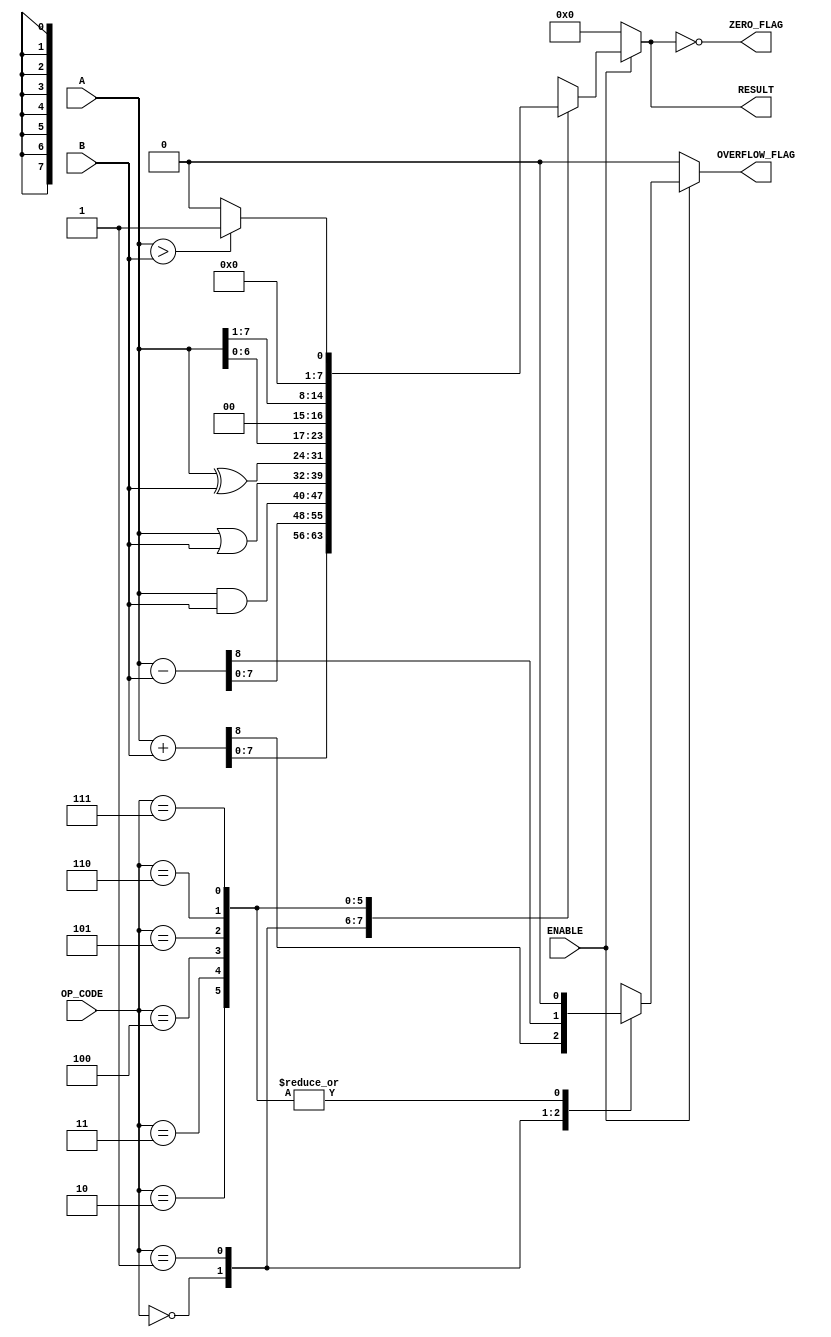
module ParameterizedALU #(
    parameter DATA_WIDTH = 8,           // Width of the data
    parameter OPERATION_COUNT = 3        // Number of operations (needs enough bits to represent)
)(
    input  wire [DATA_WIDTH-1:0] A,     // First operand
    input  wire [DATA_WIDTH-1:0] B,     // Second operand
    input  wire [OPERATION_COUNT-1:0] OP_CODE, // Operation code
    input  wire ENABLE,                  // Enable signal
    output reg  [DATA_WIDTH-1:0] RESULT, // Result of the operation
    output reg  ZERO_FLAG,               // Zero flag
    output reg  OVERFLOW_FLAG             // Overflow flag
);

    // Internal signals
    reg [DATA_WIDTH:0] temp_result; // For overflow detection

    always @(*) begin
        if (ENABLE) begin
            case (OP_CODE)
                3'b000: begin // Addition
                    temp_result = A + B;
                    RESULT = temp_result[DATA_WIDTH-1:0];
                    OVERFLOW_FLAG = temp_result[DATA_WIDTH]; // Check overflow
                end
                3'b001: begin // Subtraction
                    temp_result = A - B;
                    RESULT = temp_result[DATA_WIDTH-1:0];
                    OVERFLOW_FLAG = temp_result[DATA_WIDTH]; // Check overflow
                end
                3'b010: begin // Bitwise AND
                    RESULT = A & B;
                    OVERFLOW_FLAG = 1'b0; // No overflow for logical operations
                end
                3'b011: begin // Bitwise OR
                    RESULT = A | B;
                    OVERFLOW_FLAG = 1'b0; // No overflow for logical operations
                end
                3'b100: begin // Bitwise XOR
                    RESULT = A ^ B;
                    OVERFLOW_FLAG = 1'b0; // No overflow for logical operations
                end
                3'b101: begin // Shift left
                    RESULT = A << 1;
                    OVERFLOW_FLAG = 1'b0; // No overflow for shifting
                end
                3'b110: begin // Shift right
                    RESULT = A >> 1;
                    OVERFLOW_FLAG = 1'b0; // No overflow for shifting
                end
                3'b111: begin // Comparison (greater than)
                    RESULT = (A > B) ? 1 : 0; // Result is 1 if A > B, else 0
                    OVERFLOW_FLAG = 1'b0; // No overflow for comparison
                end
                default: begin
                    RESULT = {DATA_WIDTH{1'b0}}; // Default to zero
                    OVERFLOW_FLAG = 1'b0; // No overflow
                end
            endcase
        end else begin
            RESULT = {DATA_WIDTH{1'b0}}; // Default to zero when not enabled
            OVERFLOW_FLAG = 1'b0; // No overflow
        end
        
        // Zero flag is set if RESULT is zero
        ZERO_FLAG = (RESULT == {DATA_WIDTH{1'b0}});
    end

endmodule